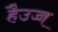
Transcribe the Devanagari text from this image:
हैउच्च